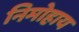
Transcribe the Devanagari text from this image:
निमोहाय